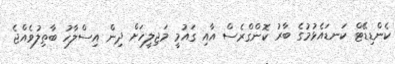
ކެންޑިޑޭޓް ކަނޑައެޅުމުގެ ބާރު ކޮންގްރެސް އާއި ގައުމީ މަޖިލީހަށް ދިން އިސްލާހު ބާތިލުވެއްޖެ